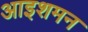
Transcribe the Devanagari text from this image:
आइशमन